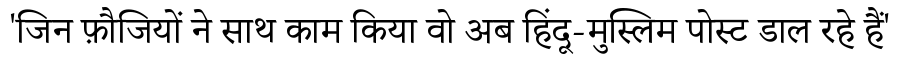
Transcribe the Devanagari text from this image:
'जिन फ़ौजियों ने साथ काम किया वो अब हिंदू-मुस्लिम पोस्ट डाल रहे हैं'